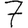
Digit: 7